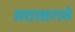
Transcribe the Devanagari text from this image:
अद्याक्षराने